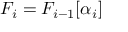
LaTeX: F _ { i } = F _ { i - 1 } [ \alpha _ { i } ]